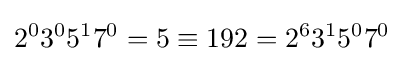
2^{0}3^{0}5^{1}7^{0}=5\equiv 192=2^{6}3^{1}5^{0}7^{0}